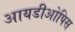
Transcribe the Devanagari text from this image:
आयडीओपिस